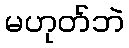
မဟုတ်ဘဲ